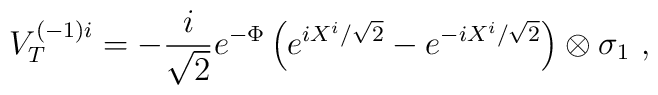
V_T^{(-1)i} = -\frac{i}{\sqrt{2}}e^{-\Phi}\left(e^{iX^i/\sqrt{2}}-e^{-iX^i/\sqrt{2}}\right) \otimes \sigma_1\ ,